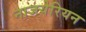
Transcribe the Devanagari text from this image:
नाजयेरियन